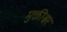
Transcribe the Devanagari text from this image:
मुक्तीश्वर